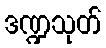
ဒဏ္ဍသုတ်